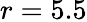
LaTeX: r=5.5